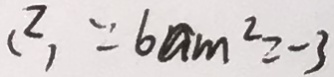
( 2 ) \because 6 a m ^ { 2 } = - 3